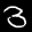
Label: 3